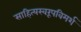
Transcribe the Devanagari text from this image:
साहित्यस्वरूपविमर्श